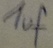
Text: 1uf